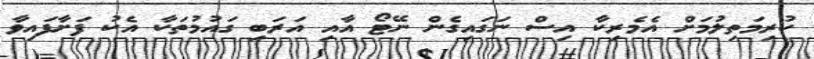
ކުރިމަތިލުމަށް އެމެރިކާ އިސް ނަގައިގެން ނޭޓޯ އާއި އަރަބި ގައުމުތަކާ އެކު ފަށާފައިވާ